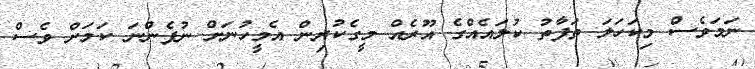
ނަމަވެސް މިކަހަލަ ތަފާތު ކުލައެއްގެ އޫރެއް މީގެކުރިން އެމީހުނަށް ނުފެންނަ ކަމަށް ވެސް